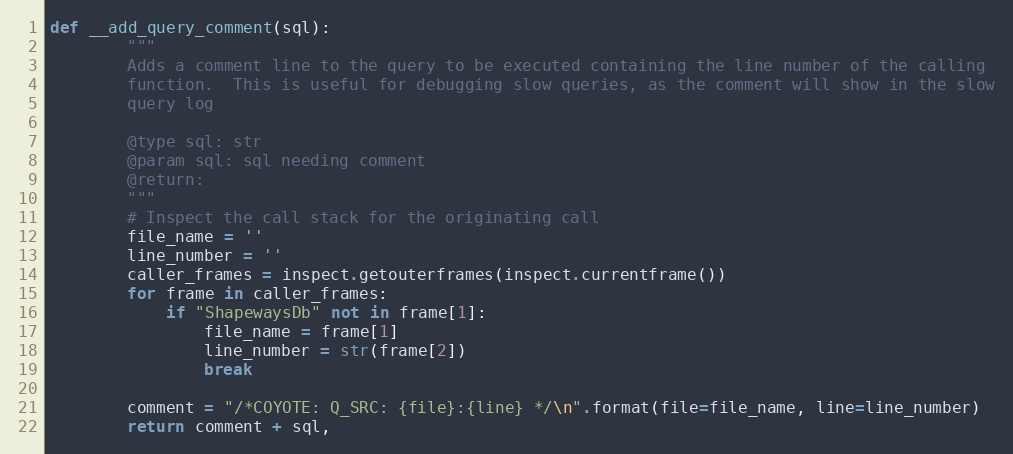
Language: Python
def __add_query_comment(sql):
        """
        Adds a comment line to the query to be executed containing the line number of the calling
        function.  This is useful for debugging slow queries, as the comment will show in the slow
        query log

        @type sql: str
        @param sql: sql needing comment
        @return:
        """
        # Inspect the call stack for the originating call
        file_name = ''
        line_number = ''
        caller_frames = inspect.getouterframes(inspect.currentframe())
        for frame in caller_frames:
            if "ShapewaysDb" not in frame[1]:
                file_name = frame[1]
                line_number = str(frame[2])
                break

        comment = "/*COYOTE: Q_SRC: {file}:{line} */\n".format(file=file_name, line=line_number)
        return comment + sql,